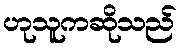
ဟုသူကဆိုသည်